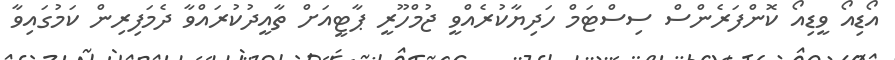
އޯޑިއޯ ވީޑިއޯ ކޮންފަރެންސް ސިސްޓަމް ހަދިޔާކުރެއްވީ ޖުމްހޫރީ ޕާޓީއަށް ތާއީދުކުރައްވާ ދެމަފިރިން ކަމުގައިވާ